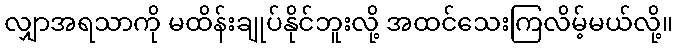
လျှာအရသာကို မထိန်းချုပ်နိုင်ဘူးလို့ အထင်သေးကြလိမ့်မယ်လို့။